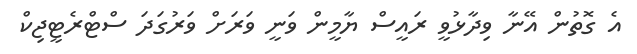
އެ ގޮތުން އޭނާ ވިދާޅުވީ ރައީސް ޔާމީން ވަނީ ވަރަށް ވަރުގަދަ ސްޓްރެޓީޖިކް